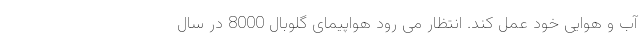
آب و هوایی خود عمل کند. انتظار می رود هواپیمای گلوبال 8000 در سال